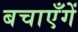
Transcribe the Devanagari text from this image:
बचाएँगें